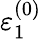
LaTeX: \varepsilon_{1}^{(0)}